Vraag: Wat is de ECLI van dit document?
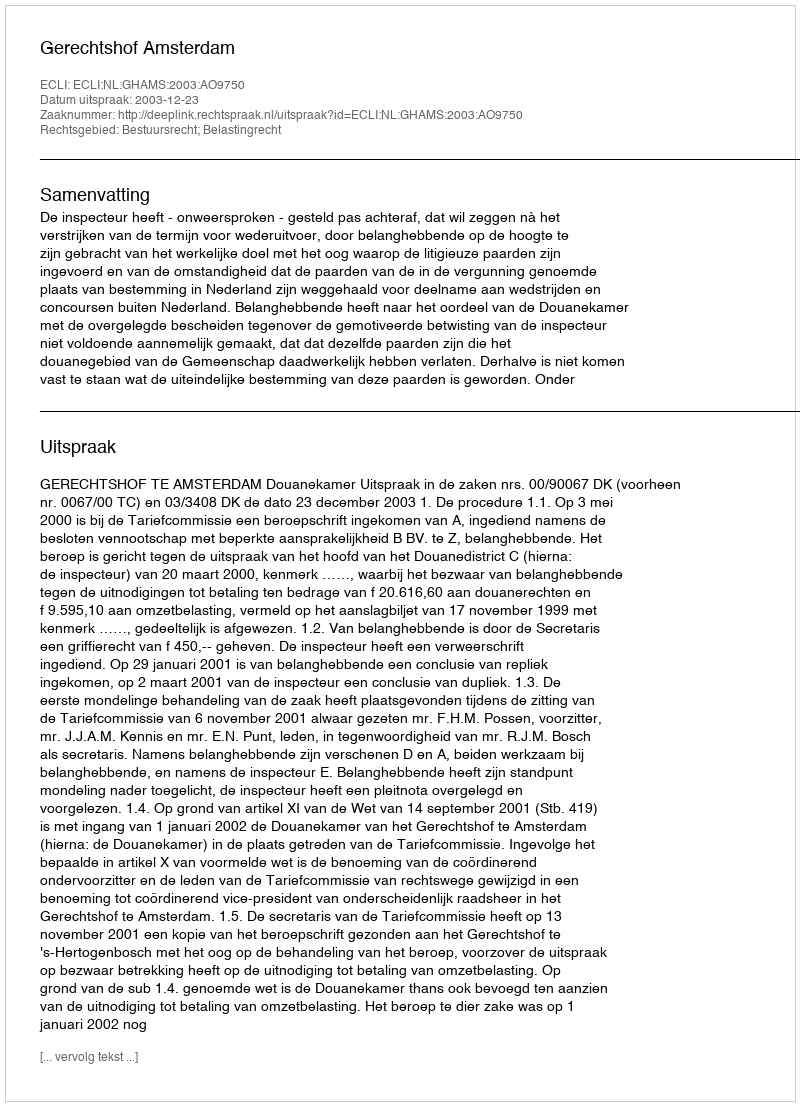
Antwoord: ECLI:NL:GHAMS:2003:AO9750